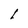
Character: l